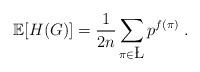
LaTeX: \begin{align*}\mathbb{E}[H(G)] = \frac{1}{2n}\sum_{\pi \in \L} p^{f(\pi)}\;.\end{align*}